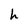
Character: h